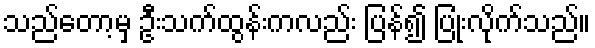
သည်တော့မှ ဦးသက်ထွန်းကလည်း ပြန်၍ ပြုံးလိုက်သည်။